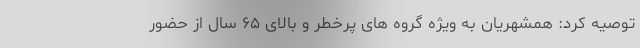
توصیه کرد: همشهریان به ویژه گروه های پرخطر و بالای ۶۵ سال از حضور